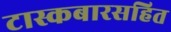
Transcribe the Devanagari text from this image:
टास्कबारसहित